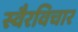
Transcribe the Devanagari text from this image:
स्वैरविचार